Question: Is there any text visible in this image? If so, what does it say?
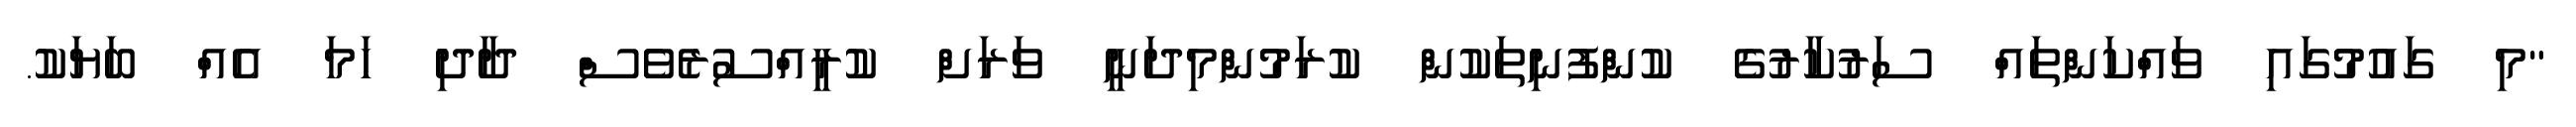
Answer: "މި ގައުމުގައި ވައްކަންތައް ސަރުކާރުގެ ކުންފުނިތަކުން ކުރަމުންމިދަނީ ވަރަށް ކުރީއްސުރެވެސް ދާދި ހަމަ އެއް ބަޔަކު.